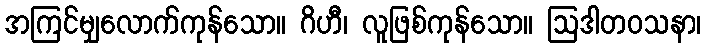
အကြင်မျှလောက်ကုန်သော။ ဂိဟီ၊ လူဖြစ်ကုန်သော။ ဩဒါတဝသနာ၊